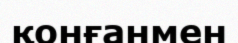
қонғанмен